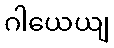
ဂါယေယျ